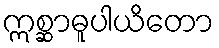
ဣစ္ဆာဓူပါယိတော